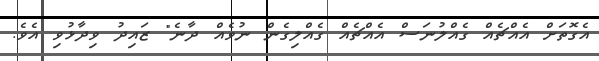
އެގޮތަށް އެއްޗެއް ގެއްލުނަސް އެއްޗެއް ގެއްލިގެން ނުވެއް ދާނެ" ޒައިދު ވިދާޅުވި އެވެ.